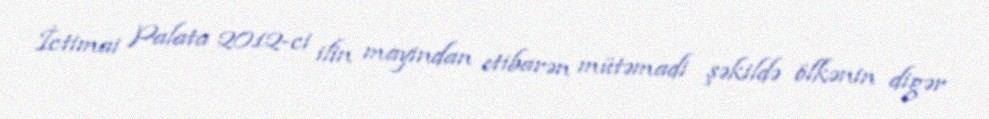
İctimai Palata 2012-ci ilin mayından etibarən mütəmadi şəkildə ölkənin digər